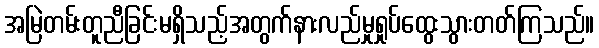
အမြဲတမ်းတူညီခြင်းမရှိသည့်အတွက်နားလည်မှုရှုပ်ထွေးသွားတတ်ကြသည်။